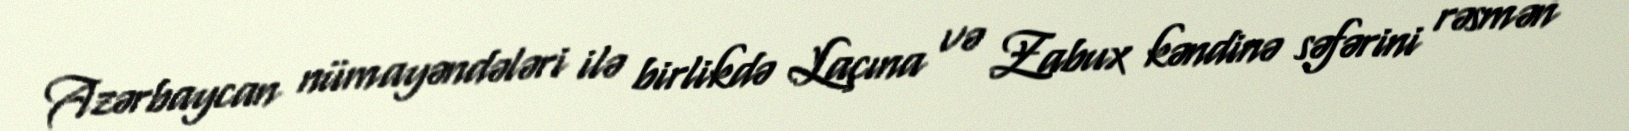
Azərbaycan nümayəndələri ilə birlikdə Laçına və Zabux kəndinə səfərini rəsmən